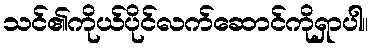
သင်၏ကိုယ်ပိုင်လက်ဆောင်ကိုရှာပါ။